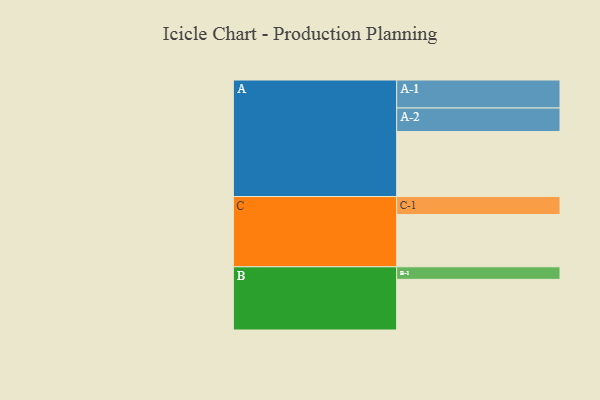
{"axis": {"x": "Segment", "y": "Value"}, "legend": ["", "A", "B", "C"], "data": [{"x": "A", "y": 508, "type": ""}, {"x": "B", "y": 396, "type": ""}, {"x": "C", "y": 409, "type": ""}, {"x": "A-1", "y": 219, "type": "A"}, {"x": "A-2", "y": 184, "type": "A"}, {"x": "B-1", "y": 98, "type": "B"}, {"x": "C-1", "y": 140, "type": "C"}]}